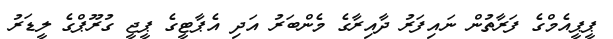
ޕީޕީއެމްގެ ފަރާތުން ނައިފަރު ދާއިރާގެ މެންބަރު އަދި އެޕާޓީގެ ޕީޖީ ގުރޫޕްގެ ލީޑަރު